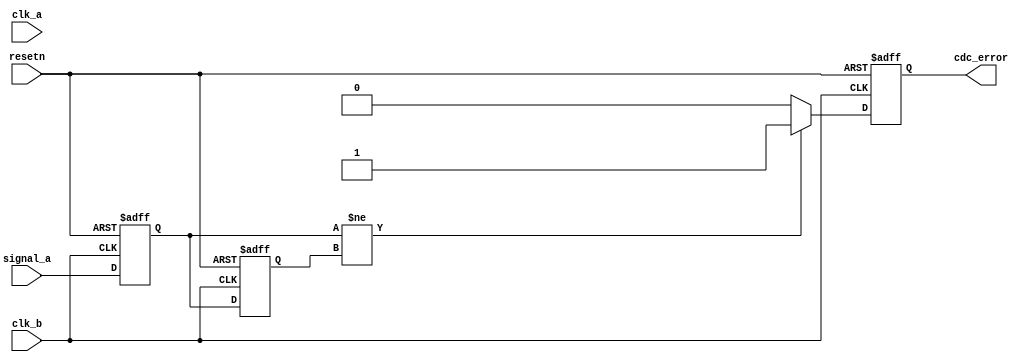
module cdc_detector #(
    parameter WIDTH = 1  // Width of the signal to be monitored
)(
    input wire clk_a,           // Clock domain A
    input wire clk_b,           // Clock domain B
    input wire resetn,          // Asynchronous active-low reset
    input wire [WIDTH-1:0] signal_a, // Input signal from clock domain A
    output reg cdc_error        // Flag for CDC error detection
);

    // Internal signals for synchronization
    reg [WIDTH-1:0] sync_stage1;
    reg [WIDTH-1:0] sync_stage2;

    // Asynchronous reset and signal synchronization
    always @(posedge clk_b or negedge resetn) begin
        if (!resetn) begin
            sync_stage1 <= 0;
            sync_stage2 <= 0;
            cdc_error <= 0;
        end else begin
            // Sample the signal from clk_a into sync_stage1
            sync_stage1 <= signal_a;
            // Second stage of synchronization
            sync_stage2 <= sync_stage1;
            // Detect discrepancies between stages
            if (sync_stage1 != sync_stage2) begin
                cdc_error <= 1'b1; // Indicate a CDC violation
            end else begin
                cdc_error <= 1'b0; // No violation
            end
        end
    end

endmodule